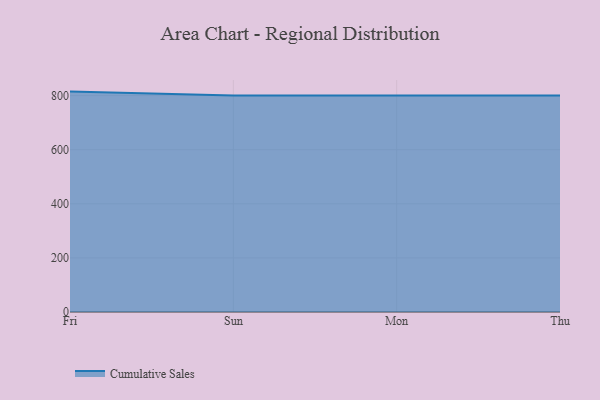
{"axis": {"x": "Day", "y": "Headcount"}, "legend": ["Cumulative Sales"], "data": [{"x": "Fri", "y": 814.8, "type": "Cumulative Sales"}, {"x": "Sun", "y": 800, "type": "Cumulative Sales"}, {"x": "Mon", "y": 800, "type": "Cumulative Sales"}, {"x": "Thu", "y": 800, "type": "Cumulative Sales"}]}